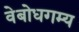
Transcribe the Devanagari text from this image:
वेबोधगम्य